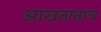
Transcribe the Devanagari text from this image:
आखतानाच